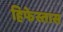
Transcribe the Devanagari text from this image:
हिफेस्तास